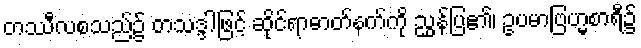
တဿီလစသည်၌ တသဒ္ဒါဖြင့် ဆိုင်ရာဓာတ်နက်ကို ညွှန်ပြ၏၊ ဥပမာဗြဟ္မစာရီ၌